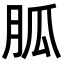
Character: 胍